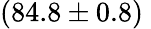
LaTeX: (84.8\pm{0.8})\